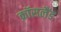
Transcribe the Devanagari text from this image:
क्रॉसलैंड